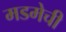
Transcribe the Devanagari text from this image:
मडमेची